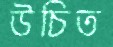
উচিত